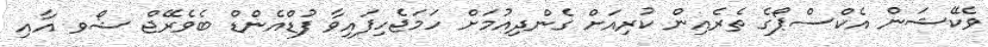
ވެކޭޝަން އެކްސްޕޯގެ ތެރެއިން ކުރިއަށް ގެންދިއުމަށް ހަމަޖެހިފައިވާ ފުޑްއެންޑް ބެވެރޭޖް ޝޯވ އާއި